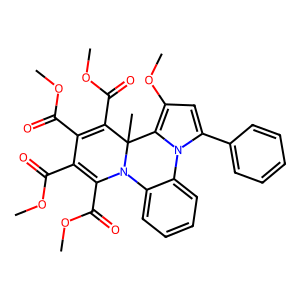
SMILES: COC(=O)C1=C(C(=O)OC)N2c3ccccc3-n3c(-c4ccccc4)cc(OC)c3C2(C)C(C(=O)OC)=C1C(=O)OC
Inhibits HIV replication: No